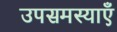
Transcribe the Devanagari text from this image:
उपसमस्याएँ